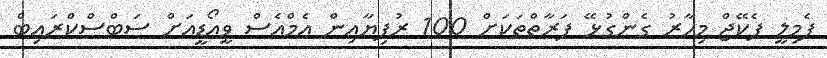
ފެމިލީ ޕެކޭޖް މިހާރު ގެންގުޅޭ ފަރާތްތަކަށް 100 ރުފިޔާއިން އެމްއެސް ވީއޯޑީއަށް ސަބްސްކްރައިބް